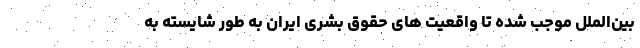
بین‌الملل موجب شده تا واقعیت­ های حقوق بشری ایران به ­طور شایسته به